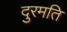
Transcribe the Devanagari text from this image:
दुरमति